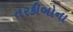
તરકીબોના